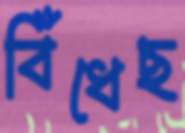
বিঁধেছ